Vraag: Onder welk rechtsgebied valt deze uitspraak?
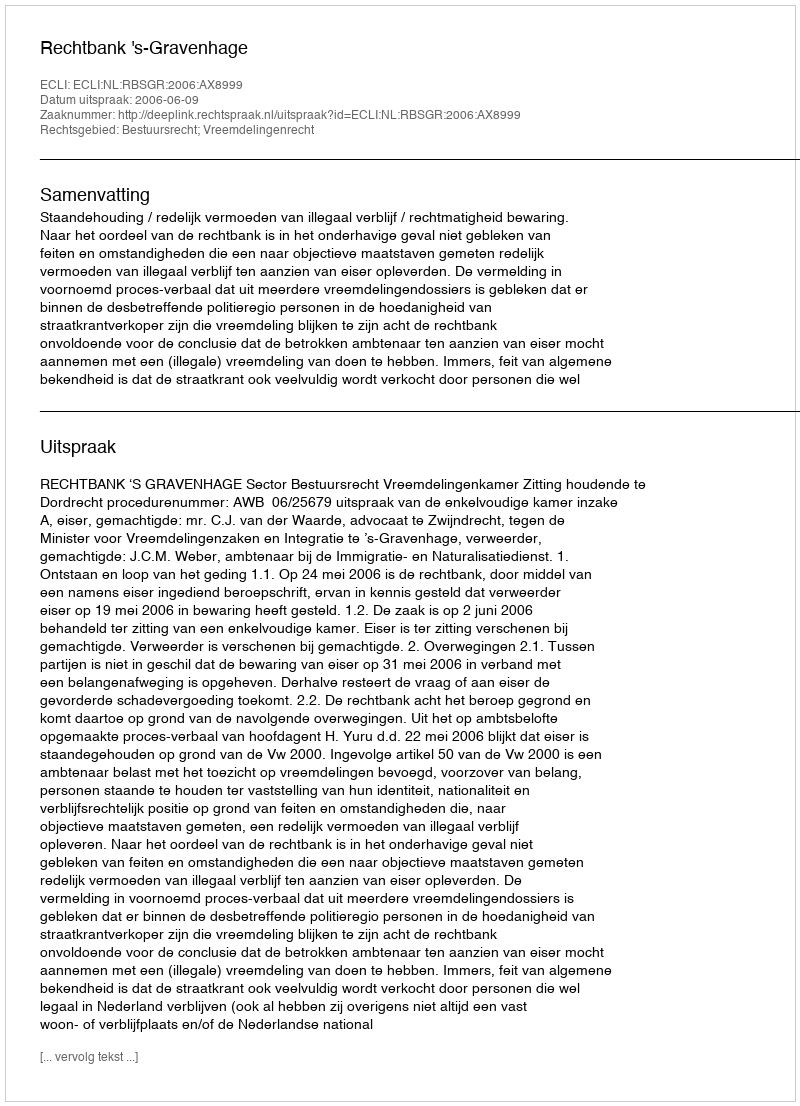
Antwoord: Bestuursrecht; Vreemdelingenrecht